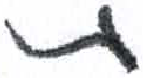
אות: ת